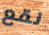
نقع